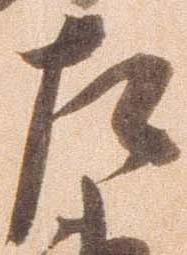
左